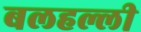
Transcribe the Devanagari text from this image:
बलहल्ली